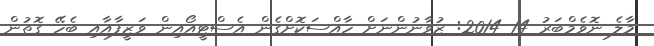
މާލެ ނޮވެމްބަރު 14 2014: ޒުވާނުންނަށް ހާއްސަކޮށްގެން އެސްޓީއޯއިން ވަޒީފާއާއި ބެހޭ ގޮތުން